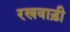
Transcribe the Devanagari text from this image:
रखवाड़ी